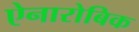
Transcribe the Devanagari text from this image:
ऐनारोबिक